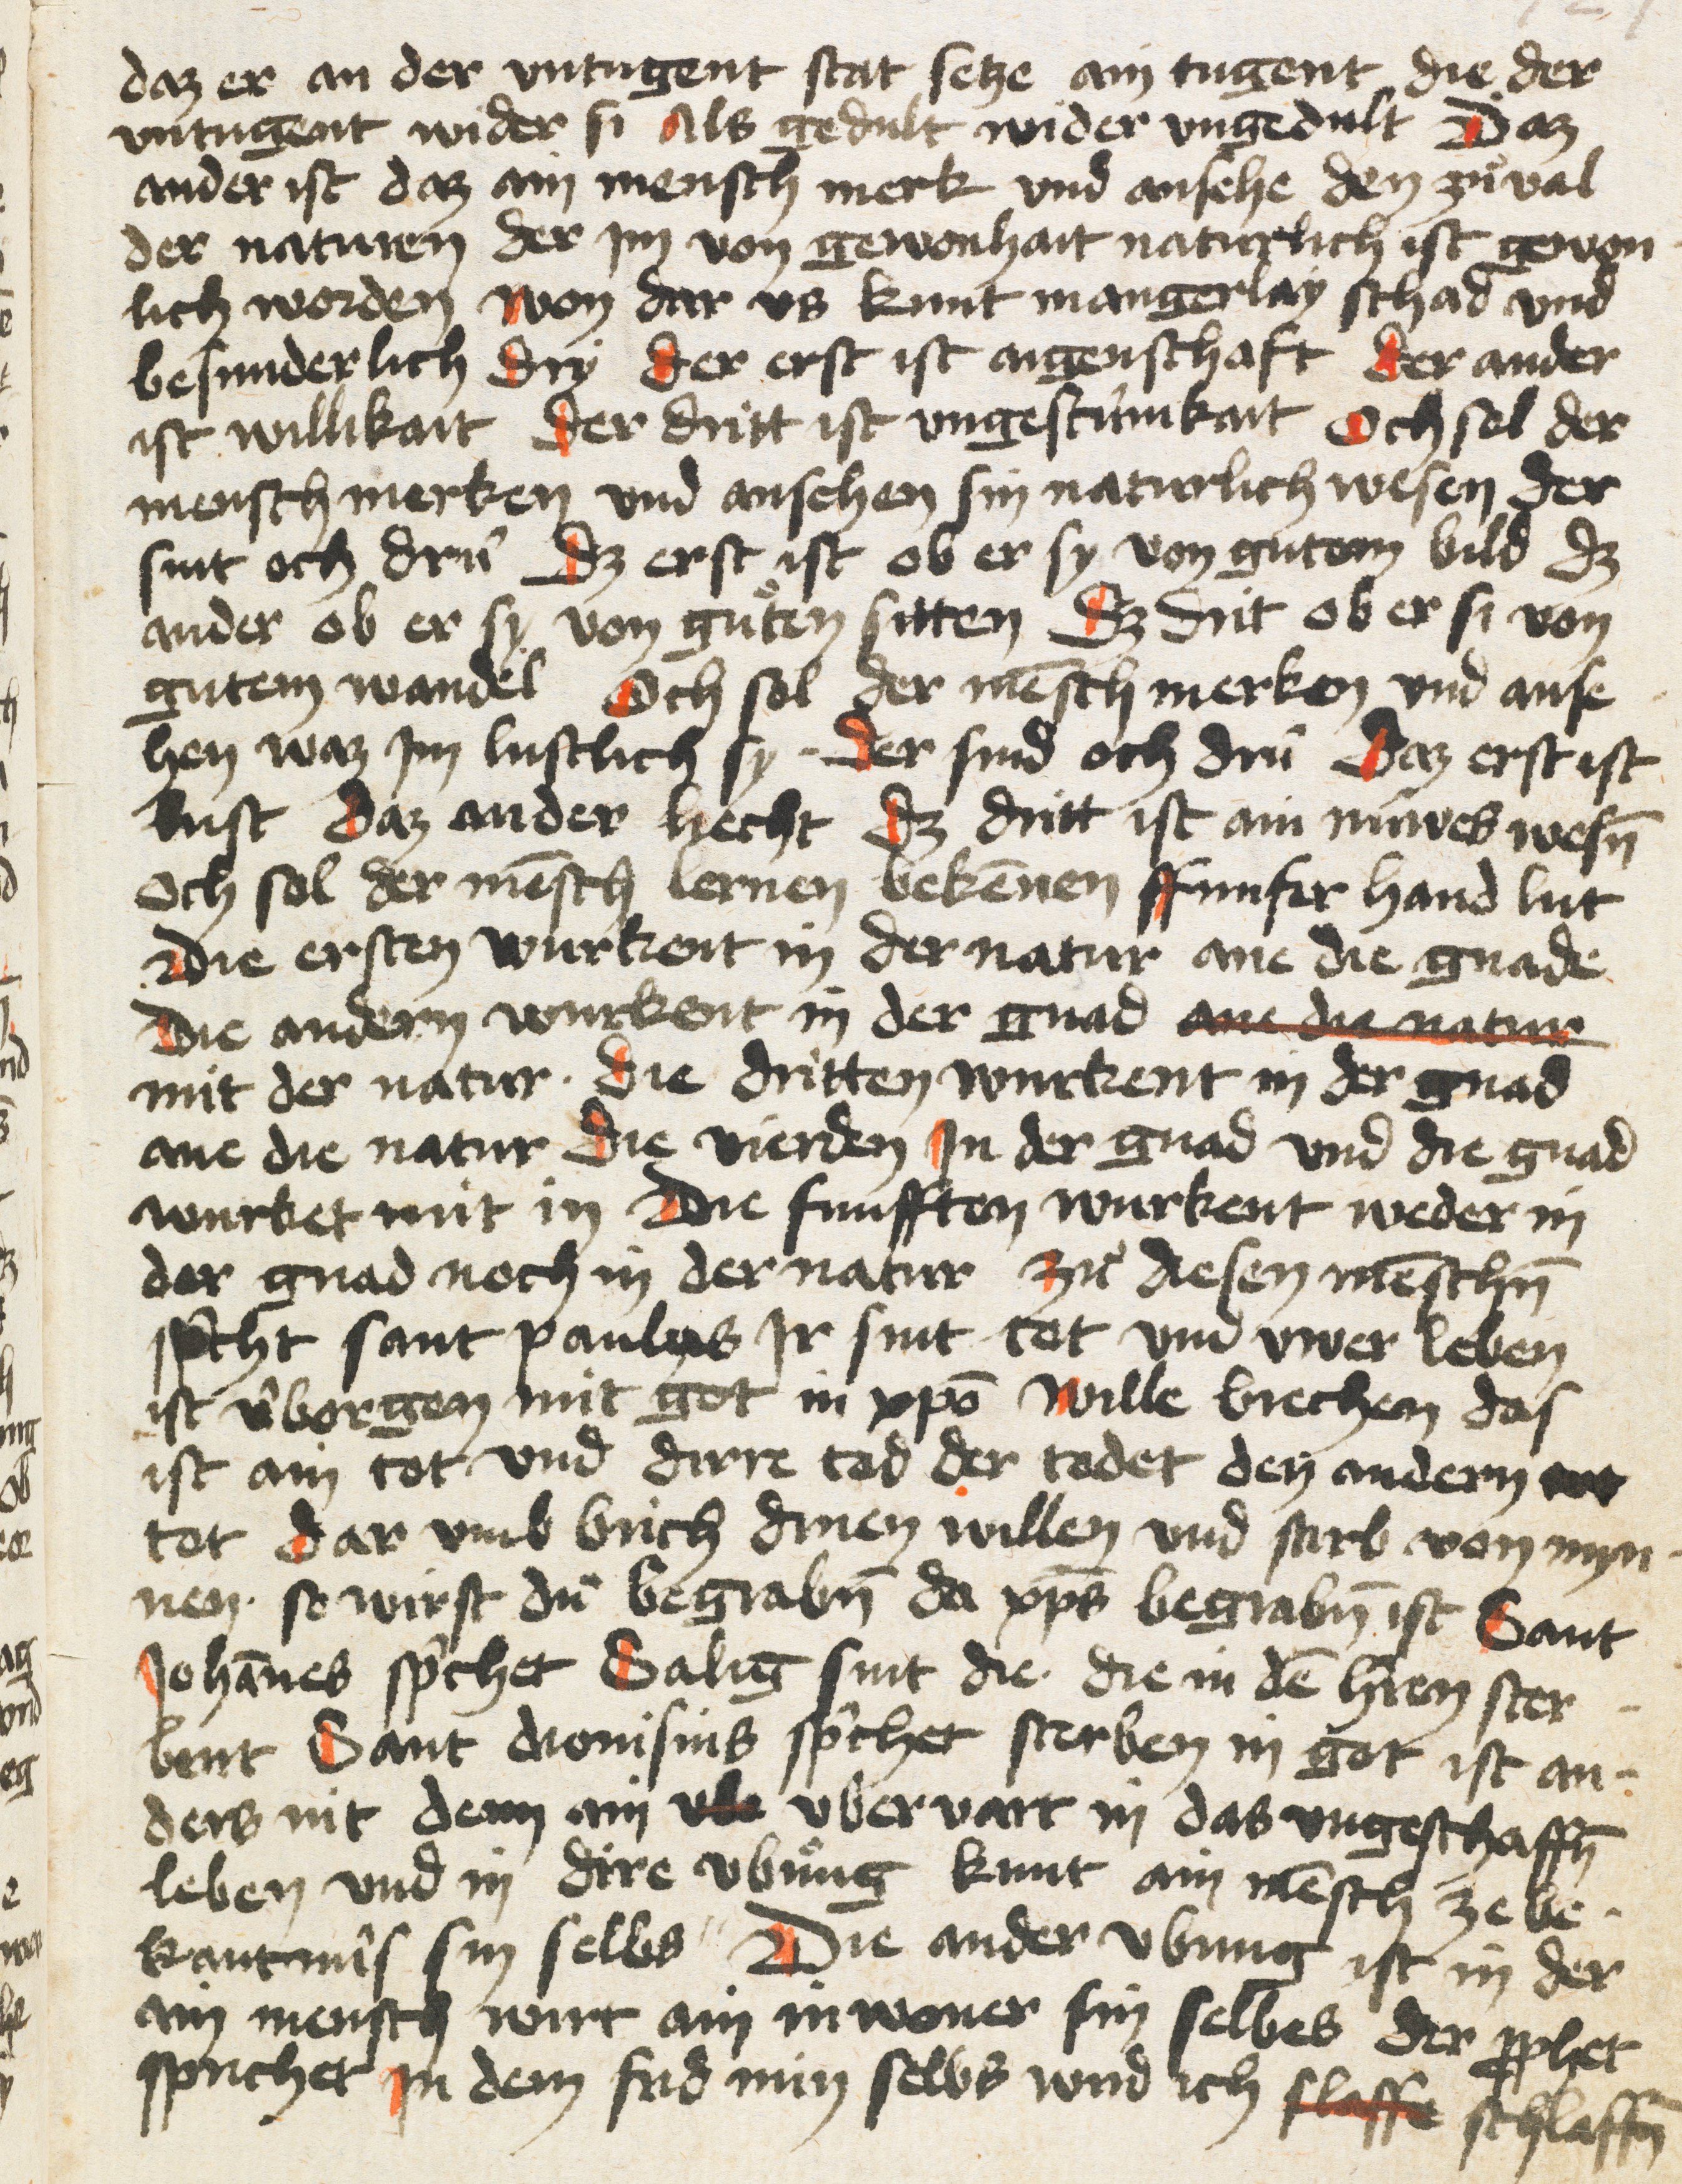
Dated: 1400–1499